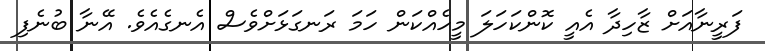
ފަރީނާއަށް ޒާހިދާ އެއީ ކޮންކަހަލަ މީހެއްކަން ހަމަ ރަނގަޅަށްވެސް އެނގެއެވެ. އޭނާ ބުނެފި